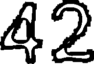
42